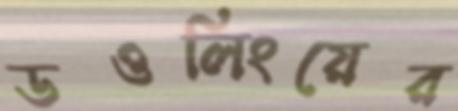
ডওলিংয়ের